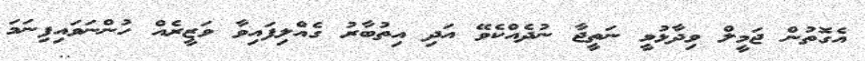
އެގޮތުން ޖަމީލް ވިދާޅުވީ ނަތީޖާ ނުދެއްކެވޭ އަދި އިތުބާރު ގެއްލިފައިވާ ވަޒީރެއް ހުންނަވައިފިނަމަ